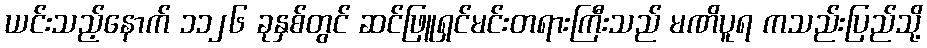
ယင်းသည့်နောက် ၁၁၂၆ ခုနှစ်တွင် ဆင်ဖြူရှင်မင်းတရားကြီးသည် မဏိပူရ ကသည်းပြည်သို့